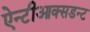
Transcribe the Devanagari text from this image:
ऐन्टीआक्सडन्ट